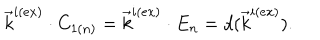
\vec { k } ^ { i ( e x ) } \cdot C _ { 1 ( n ) } = \vec { k } ^ { i ( e x ) } \cdot E _ { n } = d ( \vec { k } ^ { i ( e x ) } ) .